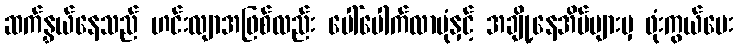
ဆက်နွှယ်နေသည် ဟင်းလျာအဖြစ်လည်း ပေါ်ပေါက်လာပုံနှင့် အချို့နေအိမ်များမှ ဖုံးကွယ်ပေး